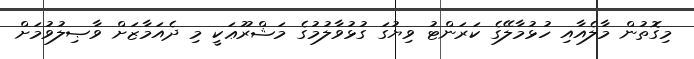
މިގޮތުން މާލެއާއި ހުޅުމާލޭގެ ކަރަންޓު ވިޔުގަ ގުޅުވާލުމުގެ މަޝްރޫޢަކީ މި ދެއަމާޒަށް ވާޞިލުވުމަށް